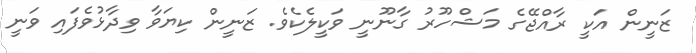
ޒަނީން އަކީ ރާއްޖޭގެ މަޝްހޫރު ގާނޫނީ ވަކީލެކެވެ. ޒަނީން ކިޔަވާ ވިދާޅުވެފައި ވަނީ